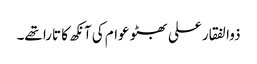
ذوالفقار علی بھٹو عوام کی آنکھ کا تارا تھے۔